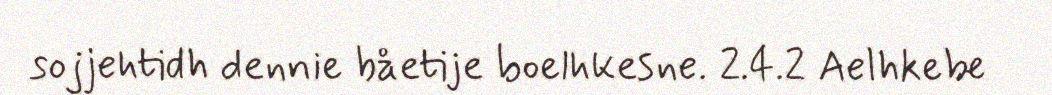
sojjehtidh dennie båetije boelhkesne. 2.4.2 Aelhkebe